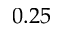
0 . 2 5